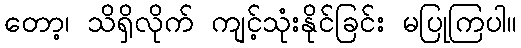
တော့၊ သိရှိလိုက် ကျင့်သုံးနိုင်ခြင်း မပြုကြပါ။